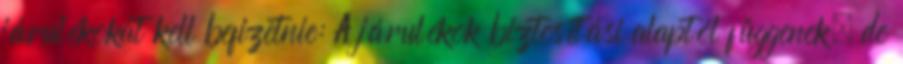
járulékokat kell befizetnie: A járulékok biztosítási alaptól függenek, de